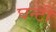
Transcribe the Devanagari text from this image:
घन्टी